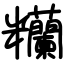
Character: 糷